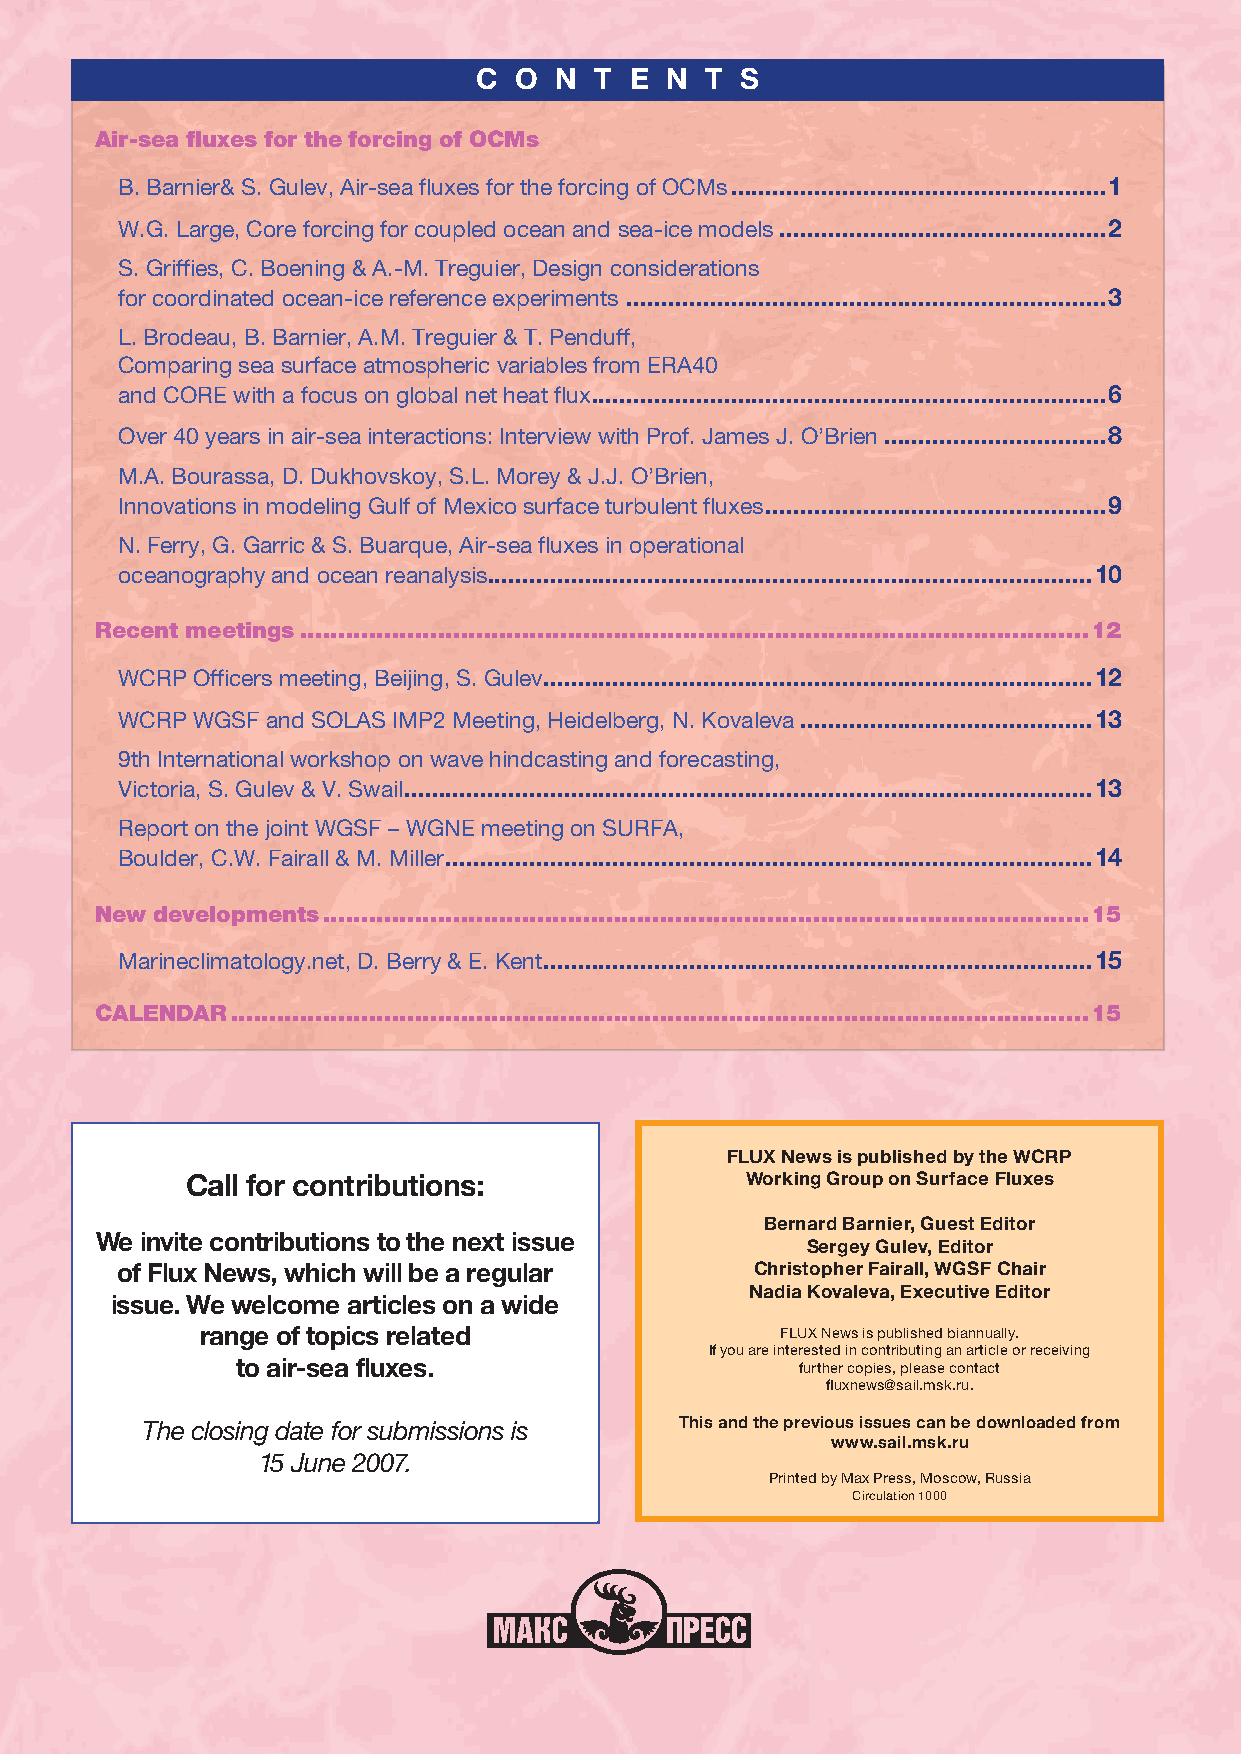
C  O  N T  E N  T S
 Air-sea fluxes for the forcing of OCMs
 B. Barnier& S. Gulev, Air-sea fluxes for the forcing of OCMs ......................................................1
 W.G. Large, Core forcing for coupled ocean and sea-ice models ...............................................2
 S. Griffies, C. Boening & A.-M. Treguier, Design considerations
 for coordinated ocean-ice reference experiments .....................................................................3
 L. Brodeau, B. Barnier, A.M. Treguier & T. Penduff,
 Comparing sea surface atmospheric variables from ERA40
 and CORE with a focus on global net heat flux ..........................................................................6
 Over 40 years in air-sea interactions: Interview with Prof. James J. O’Brien ................................8
 M.A. Bourassa, D. Dukhovskoy, S.L. Morey & J.J. O’Brien,
 Innovations in modeling Gulf of Mexico surface turbulent fluxes .................................................9
 N. Ferry, G. Garric & S. Buarque, Air-sea fluxes in operational
 oceanography and ocean reanalysis .......................................................................................10
 Recent meetings .......................................................................................................12
 WCRP Officers meeting, Beijing, S. Gulev ...............................................................................12
 WCRP WGSF and SOLAS IMP2 Meeting, Heidelberg, N. Kovaleva ..........................................13
 9th International workshop on wave hindcasting and forecasting,
 Victoria, S. Gulev & V. Swail ...................................................................................................13
 Report on the joint WGSF – WGNE meeting on SURFA,
 Boulder, C.W. Fairall & M. Miller .............................................................................................14
 New developments ....................................................................................................15
 Marineclimatology.net, D. Berry & E. Kent ...............................................................................15
 CALENDAR ................................................................................................................15
 FLUX News is published by the WCRP
 Call for contributions:              Working Group on Surface Fluxes
 Bernard Barnier, Guest Editor
 We invite contributions to the next issue
 Sergey Gulev, Editor
 of Flux News, which will be a regular     Christopher Fairall, WGSF Chair
 Nadia Kovaleva, Executive Editor
 issue. We welcome articles on a wide
 range of topics related                FLUX News is published biannually.
 If you are interested in contributing an article or receiving
 to air-sea fluxes.                   further copies, please contact
 fl uxnews@sail.msk.ru.
 The closing date for submissions is This and the previous issues can be downloaded from
 www.sail.msk.ru
 15 June 2007.
 Printed by Max Press, Moscow, Russia
 Circulation 1000